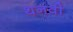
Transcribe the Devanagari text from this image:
थनवी